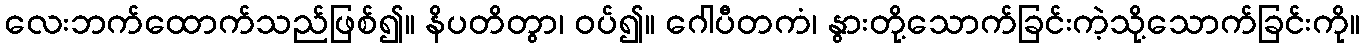
လေးဘက်ထောက်သည်ဖြစ်၍။ နိပတိတွာ၊ ဝပ်၍။ ဂေါပီတကံ၊ နွားတို့သောက်ခြင်းကဲ့သို့သောက်ခြင်းကို။